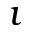
\imath